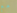
مع